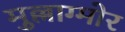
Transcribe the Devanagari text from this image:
मुल्लाग्मोर